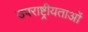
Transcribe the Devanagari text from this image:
उपराष्ट्रीयताओं